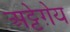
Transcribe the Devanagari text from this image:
अट्टेग़ेय